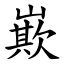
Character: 㠌